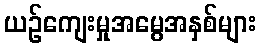
ယဉ်ကျေးမှုအမွေအနှစ်များ